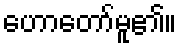
ဟောတော်မူ၏။